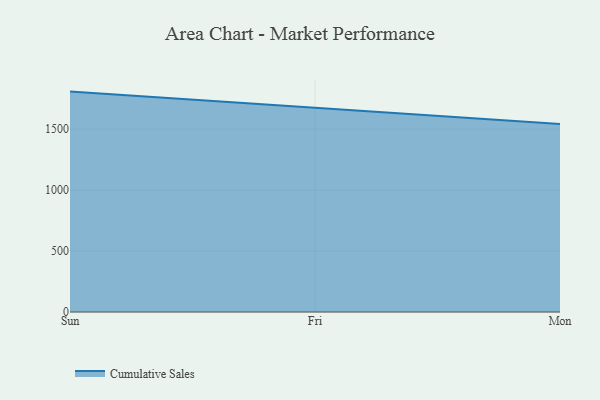
{"axis": {"x": "Day", "y": "Latency (ms)"}, "legend": ["Cumulative Sales"], "data": [{"x": "Sun", "y": 1807.9, "type": "Cumulative Sales"}, {"x": "Fri", "y": 1675.7, "type": "Cumulative Sales"}, {"x": "Mon", "y": 1542.8, "type": "Cumulative Sales"}]}